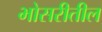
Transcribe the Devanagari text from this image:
भोसरीतील